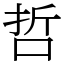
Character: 哲